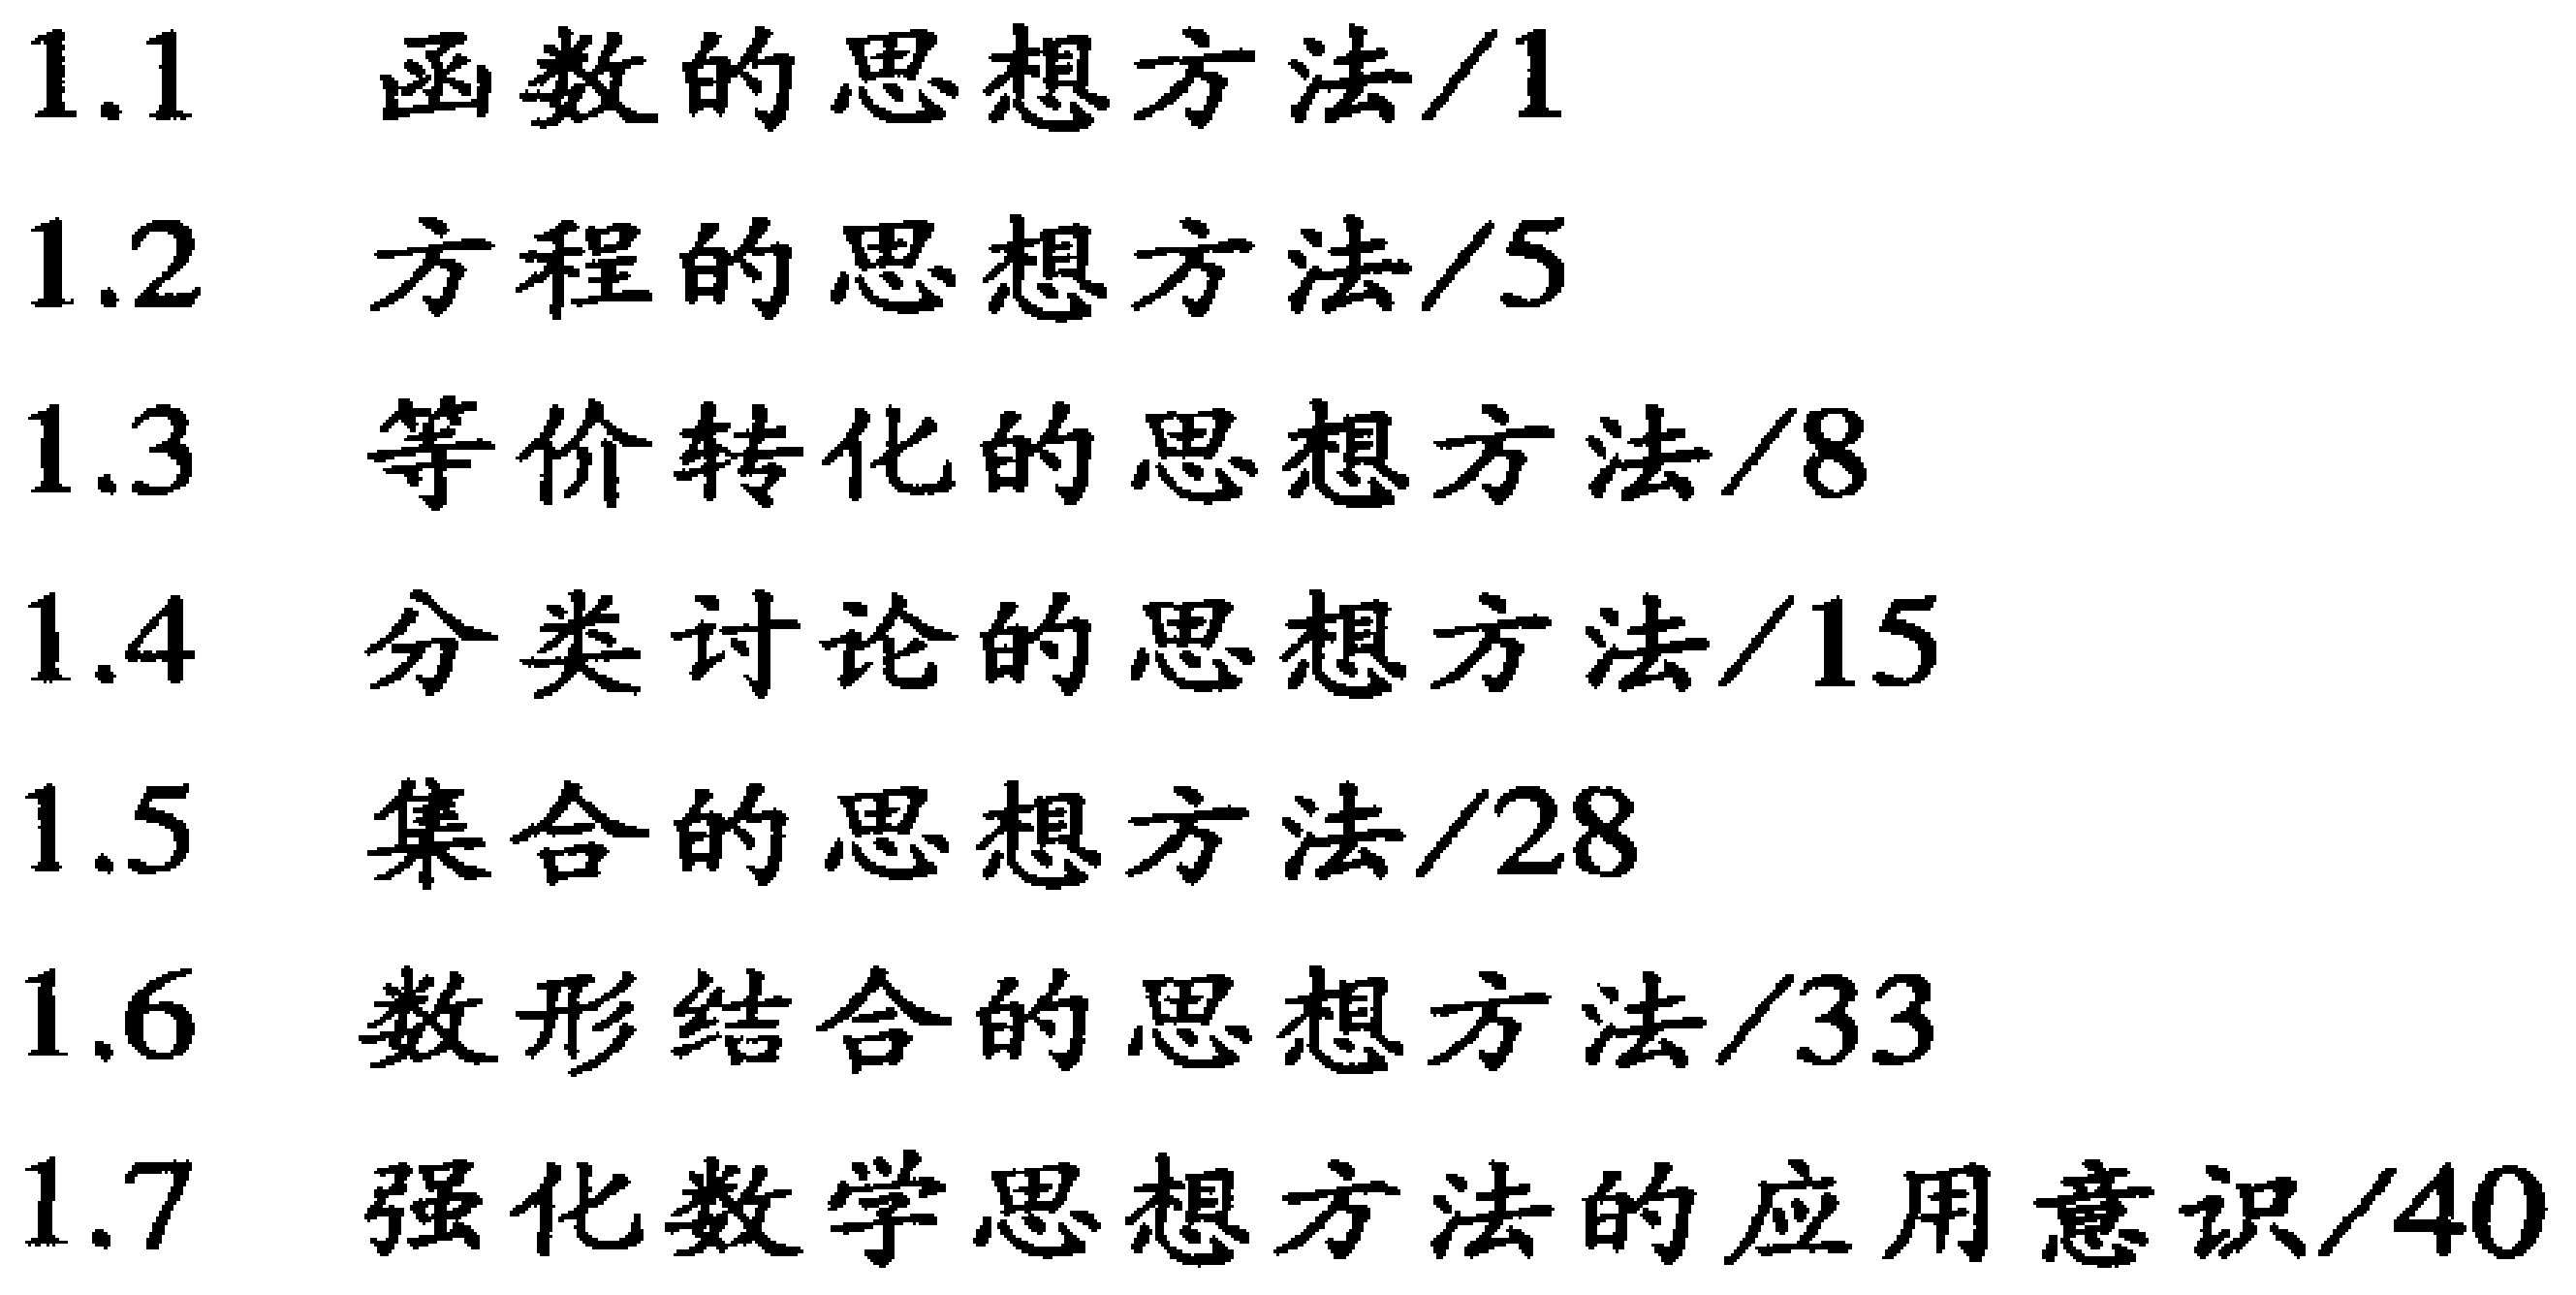
1.1 函数的思想方法/1

1.2 方程的思想方法/5

1.3 等价转化的思想方法/8

1.4 分类讨论的思想方法/15

1.5 集合的思想方法/28

1.6 数形结合的思想方法/33

1.7 强化数学思想方法的应用意识/40